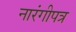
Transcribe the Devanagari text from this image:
नारंगीपत्र